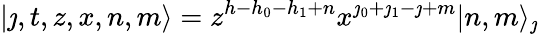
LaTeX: |\jmath,t,z,x,n,m\rangle=z^{h-h_{0}-h_{1}+n}x^{\jmath_{0}+\jmath_{1}-\jmath+m}|n,m\rangle_{\jmath}